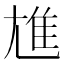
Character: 𲉨